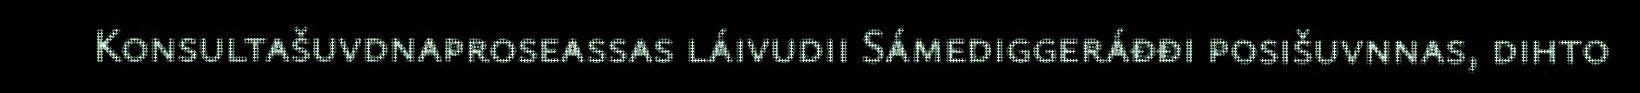
Konsultašuvdnaproseassas láivudii Sámediggeráđđi posišuvnnas, dihto